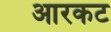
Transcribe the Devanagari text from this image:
आरकट